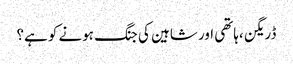
ڈریگن ،ہاتھی اور شاہین کی جنگ ہونے کو ہے؟